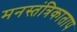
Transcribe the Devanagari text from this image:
मनस्तंत्रिकाताप